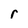
Character: r